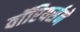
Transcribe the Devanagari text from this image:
वॉरियर्सने